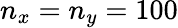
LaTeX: n_{x}=n_{y}=100